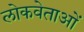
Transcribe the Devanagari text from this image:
लोकवेताओं